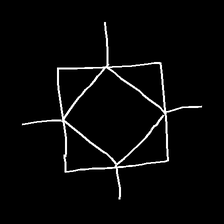
Glyph: light